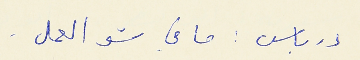
درباس : ما في شو العمل .